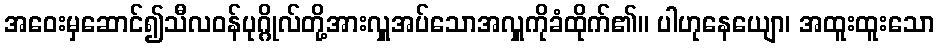
အဝေးမှဆောင်၍သီလဝန်ပုဂ္ဂိုလ်တို့အားလှူအပ်သောအလှူကိုခံထိုက်၏။ ပါဟုနေယျော၊ အထူးထူးသော